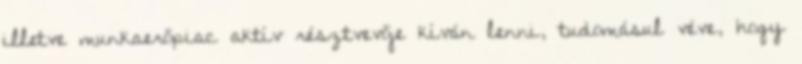
illetve munkaerőpiac aktív résztvevője kíván lenni, tudomásul véve, hogy